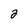
Character: 2